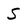
Character: S